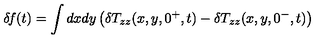
\delta \! f ( t ) = \int d x d y \left( \delta T _ { z z } ( x , y , 0 ^ { + } , t ) - \delta T _ { z z } ( x , y , 0 ^ { - } , t ) \right)